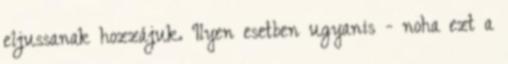
eljussanak hozzájuk. Ilyen esetben ugyanis - noha ezt a